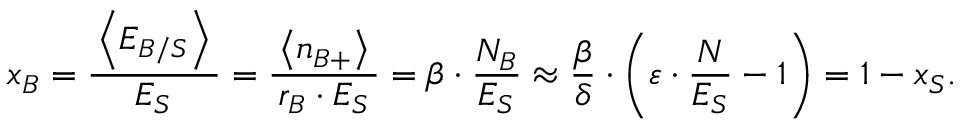
\quad \: x _ { B } = \frac { \, \left< E _ { B / S } \right> \, } { E _ { S } } = \frac { \left< n _ { B + } \right> } { \, r _ { B } \cdot E _ { S } \, } = \beta \cdot \frac { N _ { B } } { E _ { S } } \approx \frac { \beta } { \delta } \cdot \left( \varepsilon \cdot \frac { N } { E _ { S } } - 1 \right) = 1 - x _ { S } .